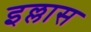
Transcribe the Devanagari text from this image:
इल्लास